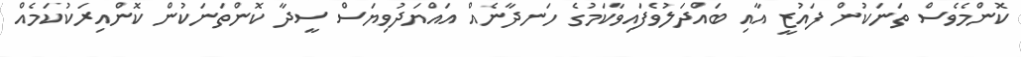
ކޮންމެވެސް ތަނަކުން ފައުޒީ އާއި ބައްދަލުވެފައިވާކަމުގެ ހަނދާނެއް އައްޔަދުވިޔަސް ސީދާ ކޮންތަނަކުން ކޮންއިރަކުކަމެއް